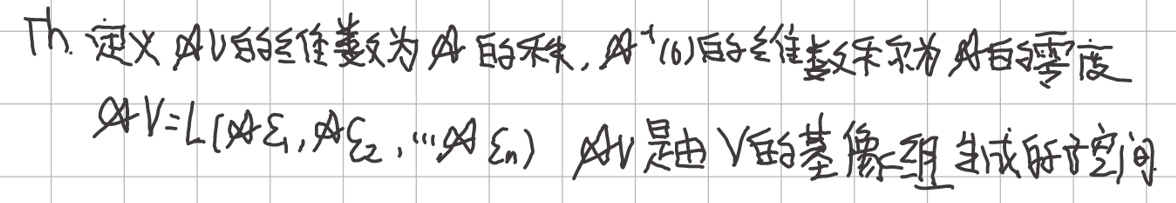
Th. 定义\(\varphi\)的全纯函数为\(\varphi\)的坐标，\(\varphi^{-1}(0)\)的全纯函数称为\(\varphi\)的零度。

\(\varphi V = L[\varphi \xi_1, \varphi \xi_2, \cdots, \varphi \xi_n]\)，\(\varphi\)是由\(V\)的基像生成的空间。